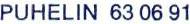
PUHELIN 63 06 91